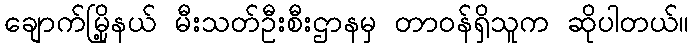
ချောက်မြို့နယ် မီးသတ်ဦးစီးဌာနမှ တာဝန်ရှိသူက ဆိုပါတယ်။